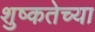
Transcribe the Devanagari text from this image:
शुष्कतेच्या